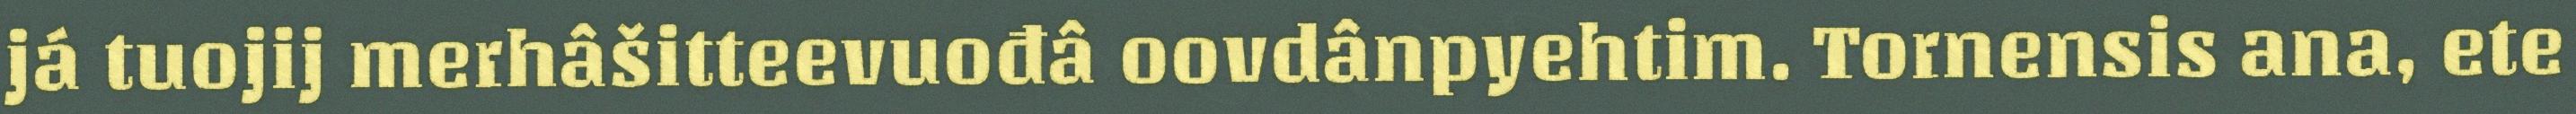
já tuojij merhâšitteevuođâ oovdânpyehtim. Tornensis ana, ete